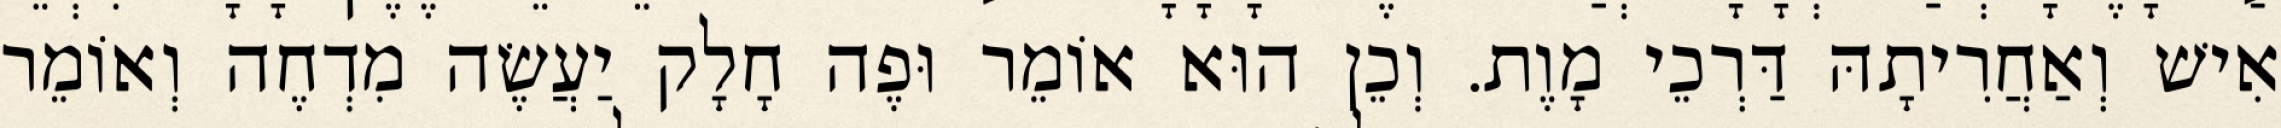
אִישׁ וְאַחֲרִיתָהּ דַּרְכֵי מָוֶת. וְכֵן הוּא אוֹמֵר וּפֶה חָלָק יַעֲשֶׂה מִדְחֶה וְאוֹמֵר